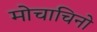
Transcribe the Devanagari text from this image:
मोचाचिनो